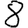
Digit: 8